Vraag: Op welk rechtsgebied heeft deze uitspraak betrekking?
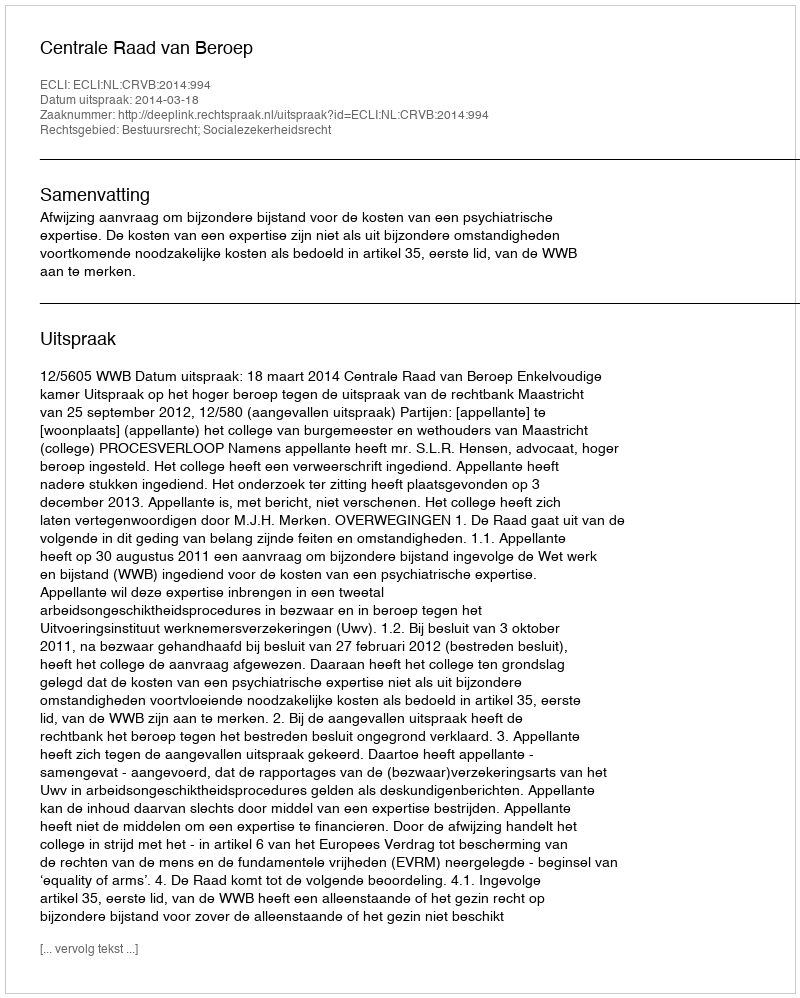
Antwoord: Bestuursrecht; Socialezekerheidsrecht